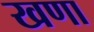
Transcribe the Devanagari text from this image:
खणा